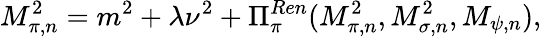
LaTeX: M_{\pi,n}^{2}=m^{2}+\lambda\nu^{2}+\Pi_{\pi}^{Ren}(M_{\pi,n}^{2},M_{\sigma,n}^{2},M_{\psi,n}),